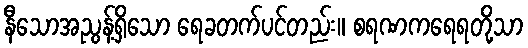
နီသောအညွန့်ရှိသော ရေခတက်ပင်တည်း။ စရဏကရေရတို့သာ